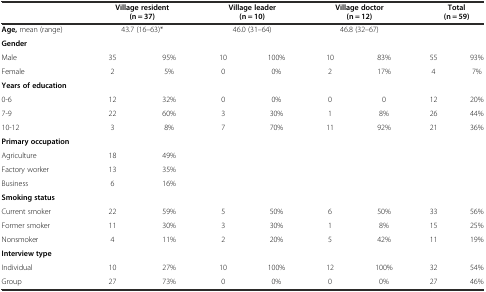
<table><thead><tr><td></td><td colspan="2"><b>Village resident (n = 37)</b></td><td colspan="2"><b>Village leader (n = 10)</b></td><td colspan="2"><b>Village doctor (n = 12)</b></td><td colspan="2"><b>Total (n = 59)</b></td></tr></thead><tbody><tr><td><b>Age,</b> mean (range)</td><td colspan="2">43.7 (16–63)*</td><td colspan="2">46.0 (31–64)</td><td colspan="2">46.8 (32–67)</td><td></td><td></td></tr><tr><td><b>Gender</b></td><td></td><td></td><td></td><td></td><td></td><td></td><td></td><td></td></tr><tr><td>Male</td><td>35</td><td>95%</td><td>10</td><td>100%</td><td>10</td><td>83%</td><td>55</td><td>93%</td></tr><tr><td>Female</td><td>2</td><td>5%</td><td>0</td><td>0%</td><td>2</td><td>17%</td><td>4</td><td>7%</td></tr><tr><td><b>Years of education</b></td><td></td><td></td><td></td><td></td><td></td><td></td><td></td><td></td></tr><tr><td>0-6</td><td>12</td><td>32%</td><td>0</td><td>0%</td><td>0</td><td>0</td><td>12</td><td>20%</td></tr><tr><td>7-9</td><td>22</td><td>60%</td><td>3</td><td>30%</td><td>1</td><td>8%</td><td>26</td><td>44%</td></tr><tr><td>10-12</td><td>3</td><td>8%</td><td>7</td><td>70%</td><td>11</td><td>92%</td><td>21</td><td>36%</td></tr><tr><td><b>Primary occupation</b></td><td></td><td></td><td></td><td></td><td></td><td></td><td></td><td></td></tr><tr><td>Agriculture</td><td>18</td><td>49%</td><td></td><td></td><td></td><td></td><td></td><td></td></tr><tr><td>Factory worker</td><td>13</td><td>35%</td><td></td><td></td><td></td><td></td><td></td><td></td></tr><tr><td>Business</td><td>6</td><td>16%</td><td></td><td></td><td></td><td></td><td></td><td></td></tr><tr><td><b>Smoking status</b></td><td></td><td></td><td></td><td></td><td></td><td></td><td></td><td></td></tr><tr><td>Current smoker</td><td>22</td><td>59%</td><td>5</td><td>50%</td><td>6</td><td>50%</td><td>33</td><td>56%</td></tr><tr><td>Former smoker</td><td>11</td><td>30%</td><td>3</td><td>30%</td><td>1</td><td>8%</td><td>15</td><td>25%</td></tr><tr><td>Nonsmoker</td><td>4</td><td>11%</td><td>2</td><td>20%</td><td>5</td><td>42%</td><td>11</td><td>19%</td></tr><tr><td><b>Interview type</b></td><td></td><td></td><td></td><td></td><td></td><td></td><td></td><td></td></tr><tr><td>Individual</td><td>10</td><td>27%</td><td>10</td><td>100%</td><td>12</td><td>100%</td><td>32</td><td>54%</td></tr><tr><td>Group</td><td>27</td><td>73%</td><td>0</td><td>0%</td><td>0</td><td>0%</td><td>27</td><td>46%</td></tr></tbody></table>